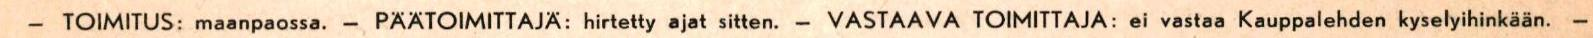
− TOIMITUS: maanpaossa. − PÄÄTOIMITTAJÄ: hirtetty ajat sitten. - VASTAAVA TOIMITTAJA: ei vastaa Kauppalehden kyselyihinkään. −